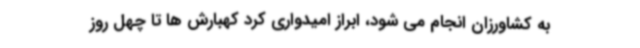
به کشاورزان انجام می شود، ابراز امیدواری کرد کهبارش ها تا چهل روز